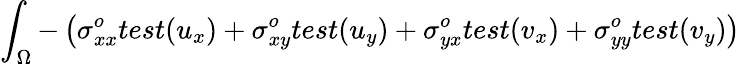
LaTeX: \int_{\Omega}-\left(\sigma_{xx}^{o}test(u_{x})+\sigma_{xy}^{o}test(u_{y})+\sigma_{yx}^{o}test(v_{x})+\sigma_{yy}^{o}test(v_{y})\right)